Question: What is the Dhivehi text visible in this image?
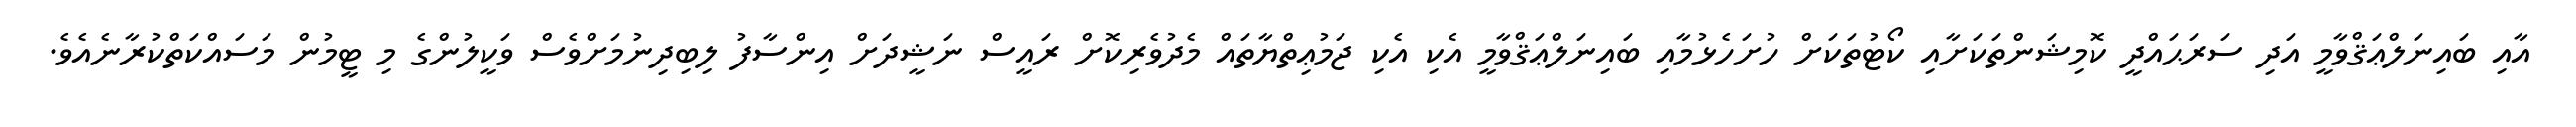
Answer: އާއި ބައިނަލްޢަޤްވާމީ އަދި ސަރަޙައްދީ ކޮމިޝަންތަކަށާއި ކޯޓުތަކަށް ހުށަހެޅުމާއި ބައިނަލްޢަޤްވާމީ އެކި އެކި ޖަމުޢިތްޔާތައް މެދުވެރިކޮށް ރައީސް ނަޝީދަށް އިންސާފު ލިބިދިނުމަށްވެސް ވަކީލުންގެ މި ޓީމުން މަސައްކަތްކުރާނެއެވެ.